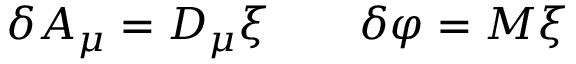
\delta A _ { \mu } = D _ { \mu } \xi \qquad \delta \varphi = M \xi